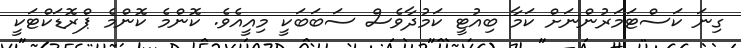
ގިނަ ކަސްޓަމަރުންނަށް ކަމާ ބިއުޓީ ކަމުދާވެސް ސަބަބަކީ މިއީއެވެ. ކޮންމެ ކޮންމެ ޕްރޮޑަކްޓަކީ